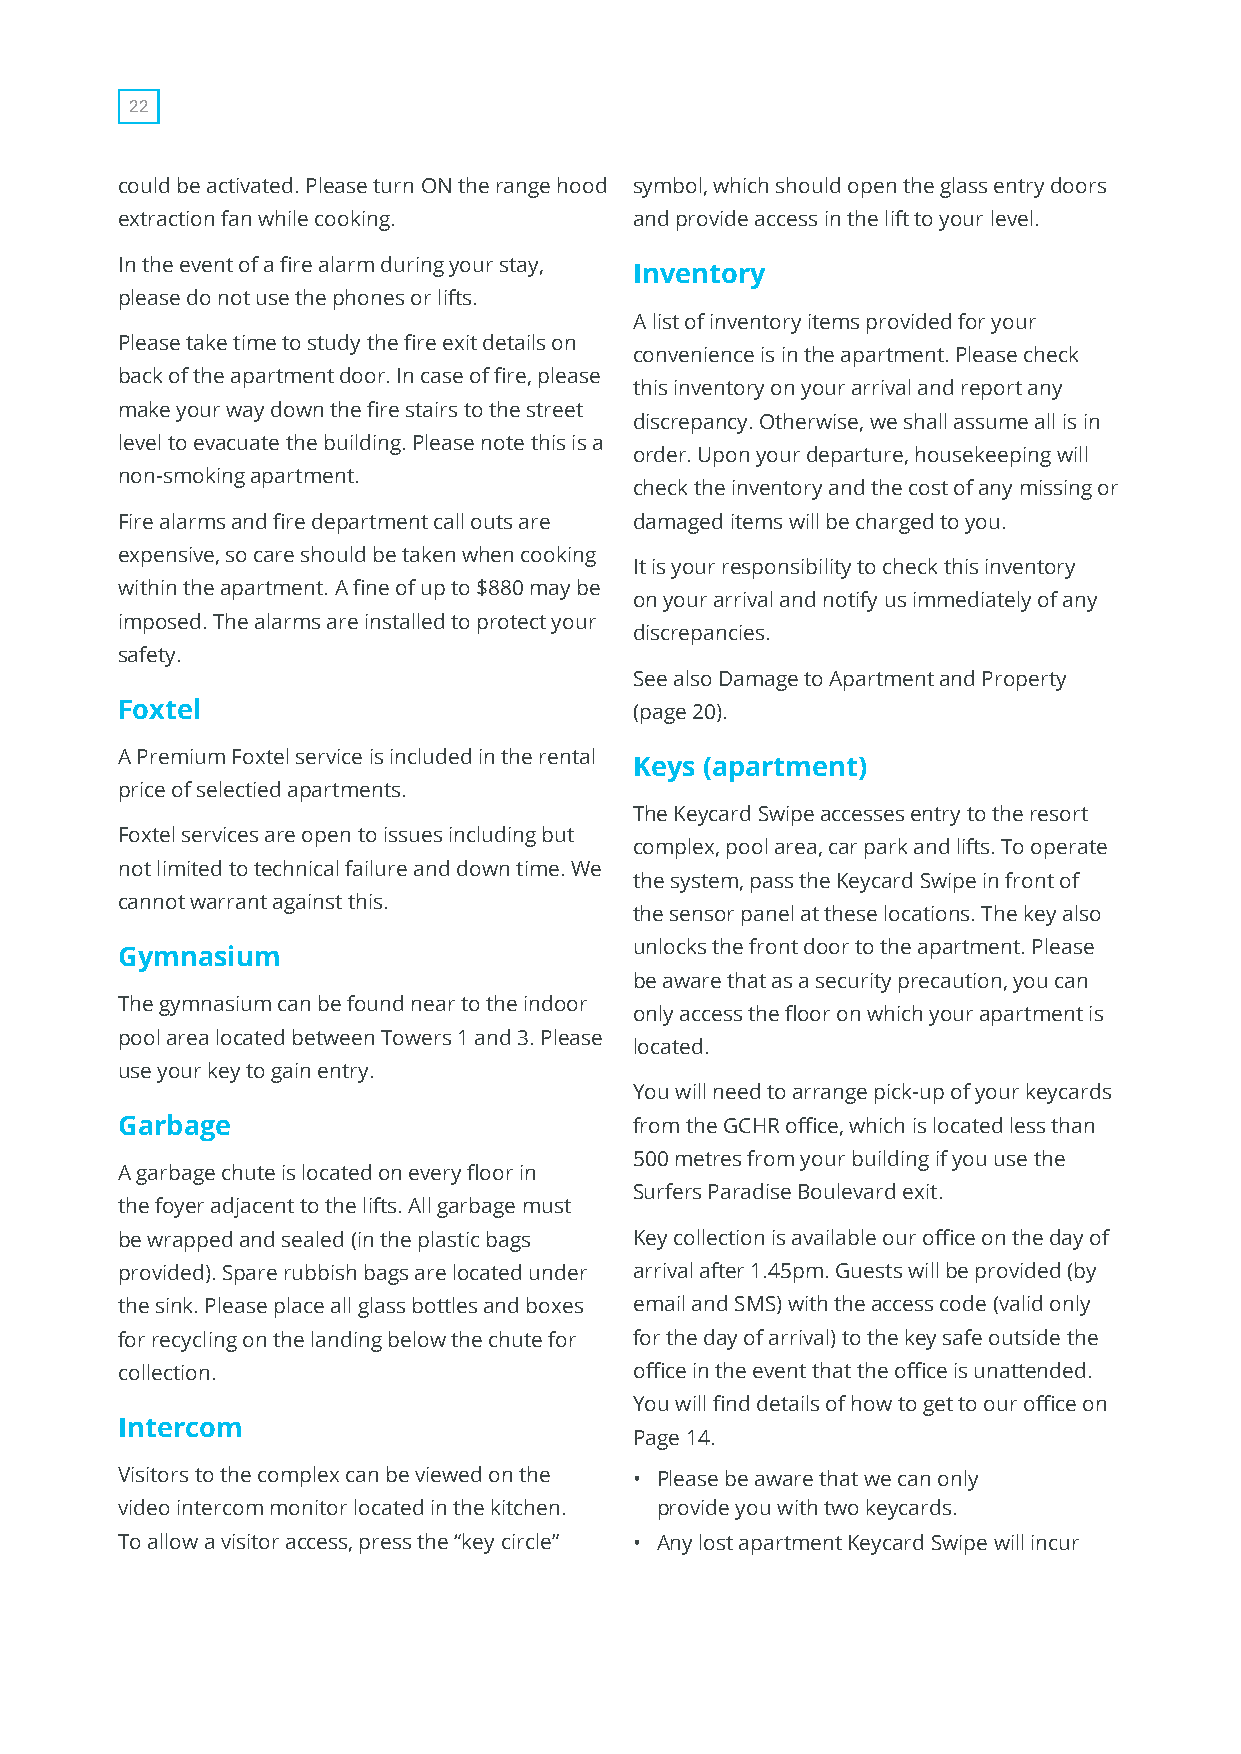
22
 could be activated. Please turn ON the range hood symbol, which should open the glass entry doors
 extraction fan while cooking.     and provide access in the lift to your level.
 In the event of a fire alarm during your stay,
 Inventory
 please do not use the phones or lifts.
 A list of inventory items provided for your
 Please take time to study the fire exit details on
 convenience is in the apartment. Please check
 back of the apartment door. In case of fire, please
 this inventory on your arrival and report any
 make your way down the fire stairs to the street
 discrepancy. Otherwise, we shall assume all is in
 level to evacuate the building. Please note this is a
 order. Upon your departure, housekeeping will
 non-smoking apartment.
 check the inventory and the cost of any missing or
 Fire alarms and fire department call outs are damaged items will be charged to you.
 expensive, so care should be taken when cooking
 It is your responsibility to check this inventory
 within the apartment. A fine of up to $880 may be
 on your arrival and notify us immediately of any
 imposed. The alarms are installed to protect your
 discrepancies.
 safety.
 See also Damage to Apartment and Property
 Foxtel                            (page 20).
 A Premium Foxtel service is included in the rental
 Keys (apartment)
 price of selectied apartments.
 The Keycard Swipe accesses entry to the resort
 Foxtel services are open to issues including but
 complex, pool area, car park and lifts. To operate
 not limited to technical failure and down time. We
 the system, pass the Keycard Swipe in front of
 cannot warrant against this.
 the sensor panel at these locations. The key also
 unlocks the front door to the apartment. Please
 Gymnasium
 be aware that as a security precaution, you can
 The gymnasium can be found near to the indoor
 only access the floor on which your apartment is
 pool area located between Towers 1 and 3. Please
 located.
 use your key to gain entry.
 You will need to arrange pick-up of your keycards
 Garbage                           from the GCHR office, which is located less than
 500 metres from your building if you use the
 A garbage chute is located on every floor in
 Surfers Paradise Boulevard exit.
 the foyer adjacent to the lifts. All garbage must
 be wrapped and sealed (in the plastic bags Key collection is available our office on the day of
 provided). Spare rubbish bags are located under arrival after 1.45pm. Guests will be provided (by
 the sink. Please place all glass bottles and boxes email and SMS) with the access code (valid only
 for recycling on the landing below the chute for for the day of arrival) to the key safe outside the
 collection.                       office in the event that the office is unattended.
 You will find details of how to get to our office on
 Intercom
 Page 14.
 Visitors to the complex can be viewed on the • Please be aware that we can only
 video intercom monitor located in the kitchen. provide you with two keycards.
 To allow a visitor access, press the “key circle” • Any lost apartment Keycard Swipe will incur